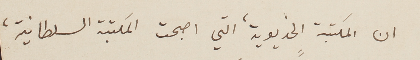
ان المكتبة الخديوية، التي اصبحت المكتبة السلطانية،